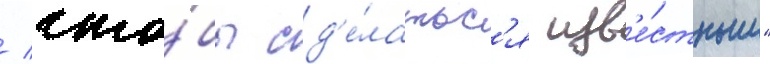
/ что́бы сд'е́латьс'я изв'е́стным"